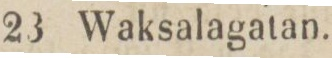
220    23 Waksalagatan.